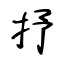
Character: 抒